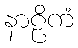
နာဠိကံ